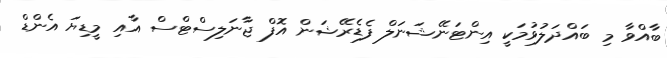
ބާއްވާ މި ބައްދަލުވުމަކީ އިންޓަނޭޝަނަލް ފެޑެރޭޝަން އޮފް ޖާނަލިސްޓްސް އާއި މީޑިޔަ އެންޑް